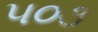
૫૦૩